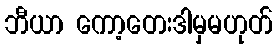
ဘီယာ ကော့တေးဒါမှမဟုတ်